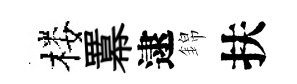
楼羃逮錦扶